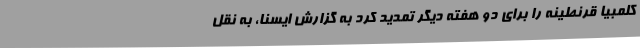
کلمبیا قرنطینه را برای دو هفته دیگر تمدید کرد به گزارش ایسنا، به نقل